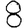
Digit: 8